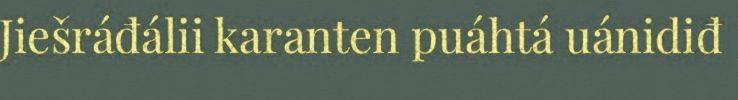
Jiešráđálii karanten puáhtá uánidiđ